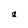
Character: q